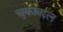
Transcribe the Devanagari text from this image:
चुकांबद्दल